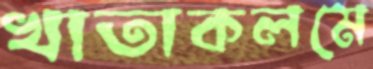
খাতাকলমে